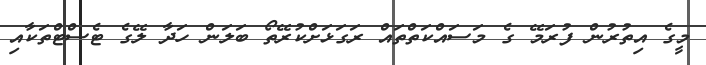
މީގެ އިތުރުން ފުރަމޭ ގެ މަސައްކަތްތައް ރަގަޅަށްކުރޭތޯ ބަލަން ހަދާ ލޭގެ ޓެސްޓްތަކާއި